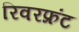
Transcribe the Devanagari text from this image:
रिवरफ्रंट